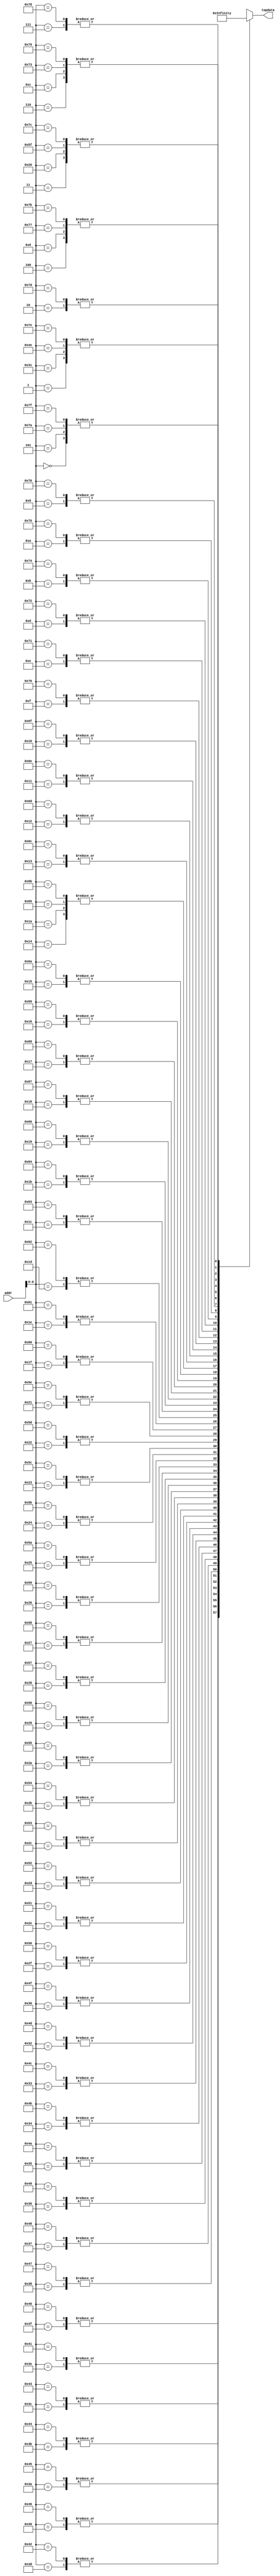
//; XILINX CORE Generator(tm)Distributed Arithmetic FIR filter coefficient (.COE) File
//; Generated by MATLAB(R) 8.3 and the DSP System Toolbox 8.6.
//; Generated on: 21-Sep-2020 11:58:44
//Radix = 16; 
//Coefficient_Width = 16; 
//CoefData = 

module down768_384(
input [7:0]addr,
output signed [31:0]topdata
);

wire signed [31:0]top[0:127];

assign topdata = top[addr];


assign top[0] =   32'hffe3;
assign top[1] =   32'hffe2;
assign top[2] =   32'h001d;
assign top[3] =   32'h003b;
assign top[4] =   32'h001f;
assign top[5] =   32'hffe3;
assign top[6] =   32'hffc3;
assign top[7] =   32'hffe1;
assign top[8] =   32'h001f;
assign top[9] =   32'h003d;
assign top[10] =  32'h001c;
assign top[11] =  32'hffdd;
assign top[12] =  32'hffc3;
assign top[13] =  32'hffe9;
assign top[14] =  32'h0027;
assign top[15] =  32'h003a;
assign top[16] =  32'h000f;
assign top[17] =  32'hffd6;
assign top[18] =  32'hffcc;
assign top[19] =  32'hfffa;
assign top[20] =  32'h002b;
assign top[21] =  32'h002c;
assign top[22] =  32'hffff;
assign top[23] =  32'hffd5;
assign top[24] =  32'hffdb;
assign top[25] =  32'h0007;
assign top[26] =  32'h002b;
assign top[27] =  32'h0023;
assign top[28] =  32'hfff7;
assign top[29] =  32'hffd1;
assign top[30] =  32'hffd8;
assign top[31] =  32'h000a;
assign top[32] =  32'h003b;
assign top[33] =  32'h0036;
assign top[34] =  32'hfff2;
assign top[35] =  32'hffac;
assign top[36] =  32'hffb3;
assign top[37] =  32'h0014;
assign top[38] =  32'h0078;
assign top[39] =  32'h006d;
assign top[40] =  32'hffe5;
assign top[41] =  32'hff58;
assign top[42] =  32'hff5f;
assign top[43] =  32'h0018;
assign top[44] =  32'h00ec;
assign top[45] =  32'h0100;
assign top[46] =  32'hfffd;
assign top[47] =  32'hfe9f;
assign top[48] =  32'hfe50;
assign top[49] =  32'hffe2;
assign top[50] =  32'h0246;
assign top[51] =  32'h02e5;
assign top[52] =  32'h0020;
assign top[53] =  32'hfbef;
assign top[54] =  32'hfb23;
assign top[55] =  32'h006c;
assign top[56] =  32'h07ad;
assign top[57] =  32'h0810;
assign top[58] =  32'hfd65;
assign top[59] =  32'hf014;
assign top[60] =  32'hf147;
assign top[61] =  32'h0b8a;
assign top[62] =  32'h358b;
assign top[63] =  32'h55a4;
assign top[64] =  32'h55a4;
assign top[65] =  32'h358b;
assign top[66] =  32'h0b8a;
assign top[67] =  32'hf147;
assign top[68] =  32'hf014;
assign top[69] =  32'hfd65;
assign top[70] =  32'h0810;
assign top[71] =  32'h07ad;
assign top[72] =  32'h006c;
assign top[73] =  32'hfb23;
assign top[74] =  32'hfbef;
assign top[75] =  32'h0020;
assign top[76] =  32'h02e5;
assign top[77] =  32'h0246;
assign top[78] =  32'hffe2;
assign top[79] =  32'hfe50;
assign top[80] =  32'hfe9f;
assign top[81] =  32'hfffd;
assign top[82] =  32'h0100;
assign top[83] =  32'h00ec;
assign top[84] =  32'h0018;
assign top[85] =  32'hff5f;
assign top[86] =  32'hff58;
assign top[87] =  32'hffe5;
assign top[88] =  32'h006d;
assign top[89] =  32'h0078;
assign top[90] =  32'h0014;
assign top[91] =  32'hffb3;
assign top[92] =  32'hffac;
assign top[93] =  32'hfff2;
assign top[94] =  32'h0036;
assign top[95] =  32'h003b;
assign top[96] =  32'h000a;
assign top[97] =  32'hffd8;
assign top[98] =  32'hffd1;
assign top[99] =  32'hfff7;
assign top[100] = 32'h0023;
assign top[101] = 32'h002b;
assign top[102] = 32'h0007;
assign top[103] = 32'hffdb;
assign top[104] = 32'hffd5;
assign top[105] = 32'hffff;
assign top[106] = 32'h002c;
assign top[107] = 32'h002b;
assign top[108] = 32'hfffa;
assign top[109] = 32'hffcc;
assign top[110] = 32'hffd6;
assign top[111] = 32'h000f;
assign top[112] = 32'h003a;
assign top[113] = 32'h0027;
assign top[114] = 32'hffe9;
assign top[115] = 32'hffc3;
assign top[116] = 32'hffdd;
assign top[117] = 32'h001c;
assign top[118] = 32'h003d;
assign top[119] = 32'h001f;
assign top[120] = 32'hffe1;
assign top[121] = 32'hffc3;
assign top[122] = 32'hffe3;
assign top[123] = 32'h001f;
assign top[124] = 32'h003b;
assign top[125] = 32'h001d;
assign top[126] = 32'hffe2;
assign top[127] = 32'hffe3;
endmodule